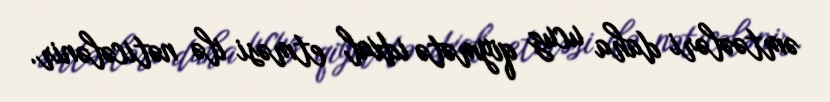
əmtəələri daha ucuz qiymətə idxal etməsi ilə nəticələnir.